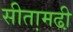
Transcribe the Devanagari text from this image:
सीता़मढी़